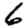
Digit: 6